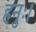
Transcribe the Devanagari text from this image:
हनुः।